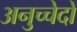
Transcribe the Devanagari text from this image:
अनुच्चेदों